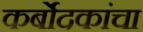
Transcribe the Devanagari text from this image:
कर्बोदकांचा